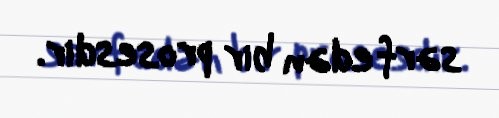
sərf edən bir prosesdir.